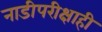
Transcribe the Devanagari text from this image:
नाडीपरीक्षाही